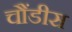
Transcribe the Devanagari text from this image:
चौंडीस